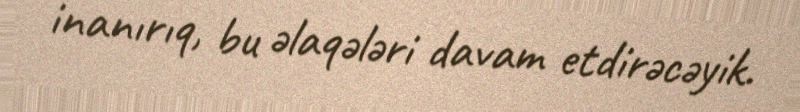
inanırıq, bu əlaqələri davam etdirəcəyik.